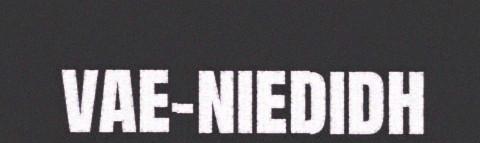
vae-niedidh